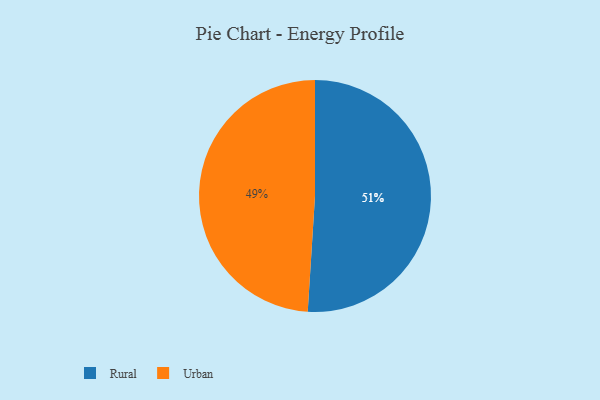
{"axis": {"x": "Category", "y": "Percentage"}, "legend": ["Rural", "Urban"], "data": [{"x": "Rural", "y": 51, "type": "Rural"}, {"x": "Urban", "y": 49, "type": "Urban"}]}